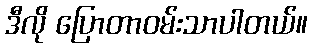
ဒီလို ပြောတာဝမ်းသာပါတယ်။